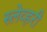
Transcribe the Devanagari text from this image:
स्लेव्हरी